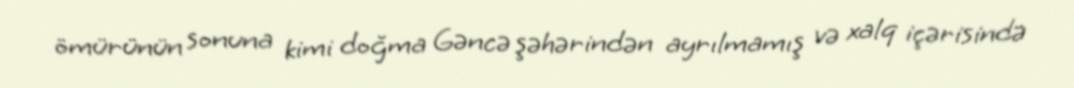
ömürünün sonuna kimi doğma Gəncə şəhərindən ayrılmamış və xalq içərisində